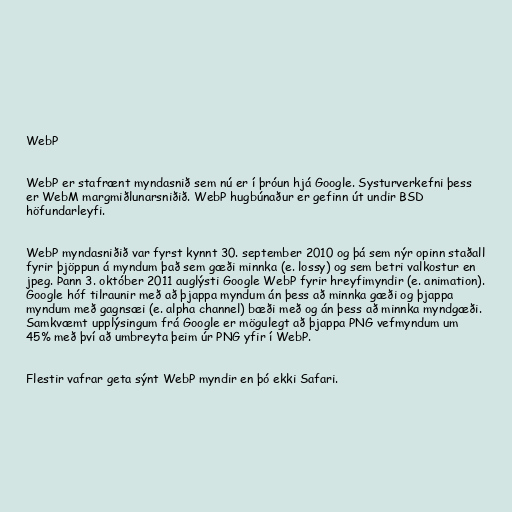
WebP

WebP er stafrænt myndasnið sem nú er í þróun hjá Google. Systurverkefni þess
er WebM margmiðlunarsniðið. WebP hugbúnaður er gefinn út undir BSD
höfundarleyfi.

WebP myndasniðið var fyrst kynnt 30. september 2010 og þá sem nýr opinn staðall
fyrir þjöppun á myndum það sem gæði minnka (e. lossy) og sem betri valkostur en
jpeg. Þann 3. október 2011 auglýsti Google WebP fyrir hreyfimyndir (e. animation).
Google hóf tilraunir með að þjappa myndum án þess að minnka gæði og þjappa
myndum með gagnsæi (e. alpha channel) bæði með og án þess að minnka myndgæði.
Samkvæmt upplýsingum frá Google er mögulegt að þjappa PNG vefmyndum um
45% með því að umbreyta þeim úr PNG yfir í WebP.

Flestir vafrar geta sýnt WebP myndir en þó ekki Safari.